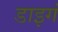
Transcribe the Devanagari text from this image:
डाइगं